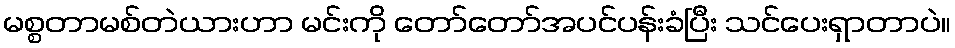
မစ္စတာမစ်တဲယားဟာ မင်းကို တော်တော်အပင်ပန်းခံပြီး သင်ပေးရှာတာပဲ။